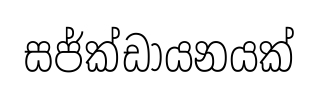
සජ්ක්ඩායනයක්